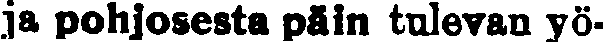
ja pohjosesta päin tulevan yö-